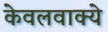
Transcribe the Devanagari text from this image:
केवलवाक्ये